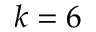
k = 6